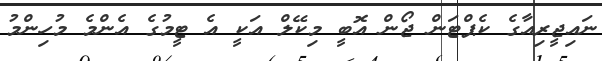
ނައިޖީރިއާގެ ކެޕްޓަން ޖޯން އޮބީ މިކޭލް އަކީ އެ ޓީމުގެ އެންމެ މުހިންމު